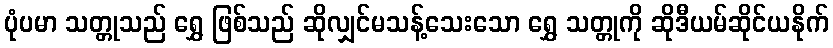
ပုံပမာ သတ္တုသည် ရွှေ ဖြစ်သည် ဆိုလျှင်မသန့်သေးသော ရွှေ သတ္တုကို ဆိုဒီယမ်ဆိုင်ယနိုက်